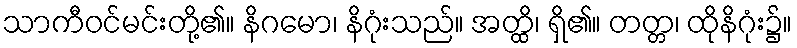
သာကီဝင်မင်းတို့၏။ နိဂမော၊ နိဂုံးသည်။ အတ္ထိ၊ ရှိ၏။ တတ္တ၊ ထိုနိဂုံး၌။